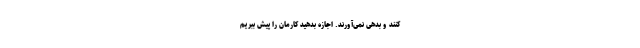
‌‌‌‌‌‌‌‌‌‌‌‌‌‌‌کنند و بدهی نمی‌آورند. اجازه بدهید کارمان را پیش ببریم